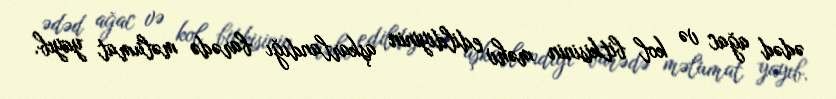
ədəd ağac və kol bitkisinin məhv edildiyinin aşkarlandığı barədə məlumat yayıb.